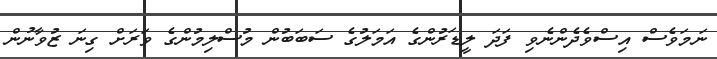
ނަމަވެސް އިސްވެދެންނެވި ފަދަ ލީޑަރުންގެ އަމަލުގެ ސަބަބުން މުސްލިމުންގެ ވަރަށް ގިނަ ޒުވާނުން